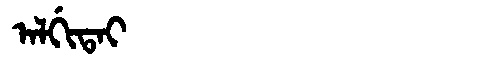
Manchu: ᠠᠯᡤᡳᡨᠠᡳ
Romanization: ALGITAI